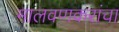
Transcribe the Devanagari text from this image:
मालवणकरांचा